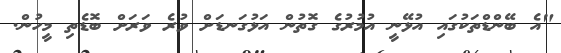
"އެ ބޭންޑްތަކުގައި އުޅޭނީ އުމުރުގެ ގޮތުން އަޅުގަނޑަށް ވުރެ ވަރަށް ބޮޑެތި މީހުން.